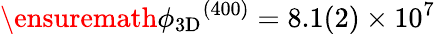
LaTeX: \ensuremath{\phi_{\mathrm{3D}}}^{(400)}=8.1(2)\times 10^{7}